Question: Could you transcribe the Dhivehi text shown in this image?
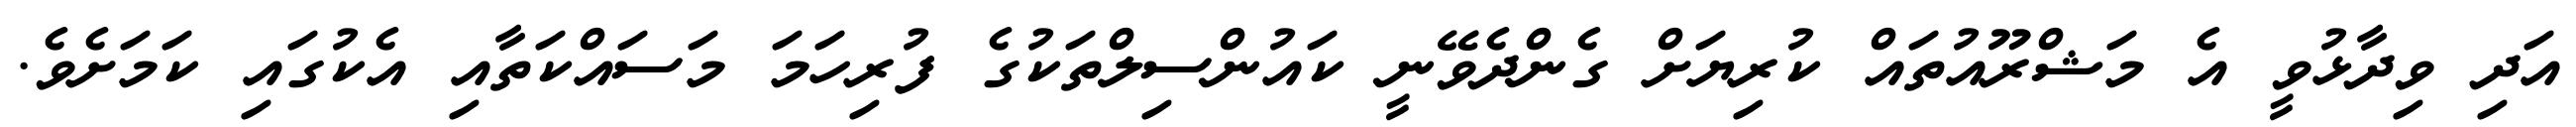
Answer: އަދި ވިދާޅުވީ އެ މަޝްރޫއުތައް ކުރިޔަށް ގެންދެވޭނީ ކައުންސިލްތަކުގެ ފުރިހަމަ މަސައްކަތާއި އެކުގައި ކަމަށެވެ.